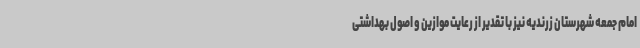
امام جمعه شهرستان زرندیه نیز با تقدیر از رعایت موازین و اصول بهداشتی